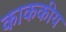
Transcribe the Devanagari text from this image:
काककीय